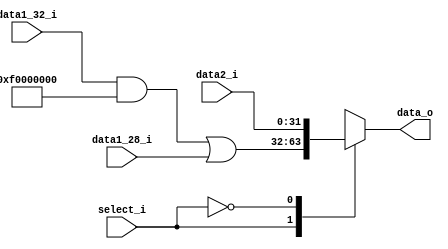
module MUX_Jump(
    data1_28_i,
    data1_32_i,
    data2_i,
    select_i,
    data_o
);

input	[27:0]		data1_28_i;
input	[31:0]		data1_32_i, data2_i;
input				select_i;
output	[31:0]		data_o;

reg		[31:0]		data1, data_o;

always @(data1_28_i or data1_32_i or data2_i or select_i) begin
	data1 = (data1_32_i & 32'hF0000000) | data1_28_i;
	case(select_i)
		1: data_o = data1;
		0: data_o = data2_i;
	endcase
end

endmodule


// Check By hortune